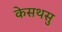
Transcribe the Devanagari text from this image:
केसथसु